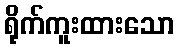
ရိုက်ကူးထားသော